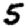
Digit: 5